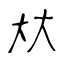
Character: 夶